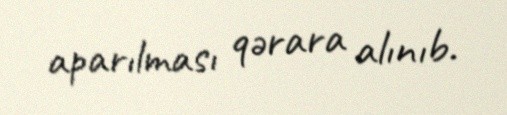
aparılması qərara alınıb.